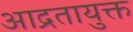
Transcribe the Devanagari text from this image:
आद्रतायुक्त